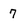
Character: 7